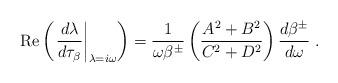
LaTeX: \begin{align*}\displaystyle\mbox{Re}\left(\left. \frac{d\lambda}{d\tau_\beta}\right|_{\lambda=i\omega}\right)=\frac{1}{\omega\beta^\pm}\left(\frac{A^2+B^2}{C^2+D^2}\right)\frac{d\beta^\pm}{d\omega}\;.\end{align*}